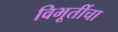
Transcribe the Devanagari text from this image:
विभूतींचा